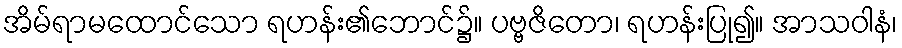
အိမ်ရာမထောင်သော ရဟန်း၏ဘောင်၌။ ပဗ္ဗဇိတော၊ ရဟန်းပြု၍။ အာသဝါနံ၊